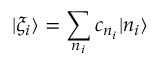
| \xi _ { i } \rangle = \sum _ { n _ { i } } c _ { n _ { i } } | n _ { i } \rangle